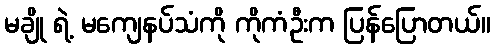
မချို ရဲ့ မကျေနပ်သံကို ကိုကံဦးက ပြန်ပြောတယ်။